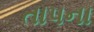
તાપના